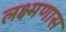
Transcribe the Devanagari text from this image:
लक्ष्मणास